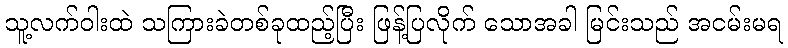
သူ့လက်ဝါးထဲ သကြားခဲတစ်ခုထည့်ပြီး ဖြန့်ပြလိုက် သောအခါ မြင်းသည် အငမ်းမရ